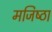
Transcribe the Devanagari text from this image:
मजिष्‍ठा